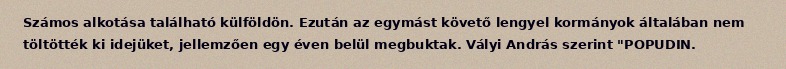
Számos alkotása található külföldön. Ezután az egymást követő lengyel kormányok általában nem töltötték ki idejüket, jellemzően egy éven belül megbuktak. Vályi András szerint "POPUDIN.